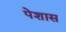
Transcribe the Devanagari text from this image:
पेशास